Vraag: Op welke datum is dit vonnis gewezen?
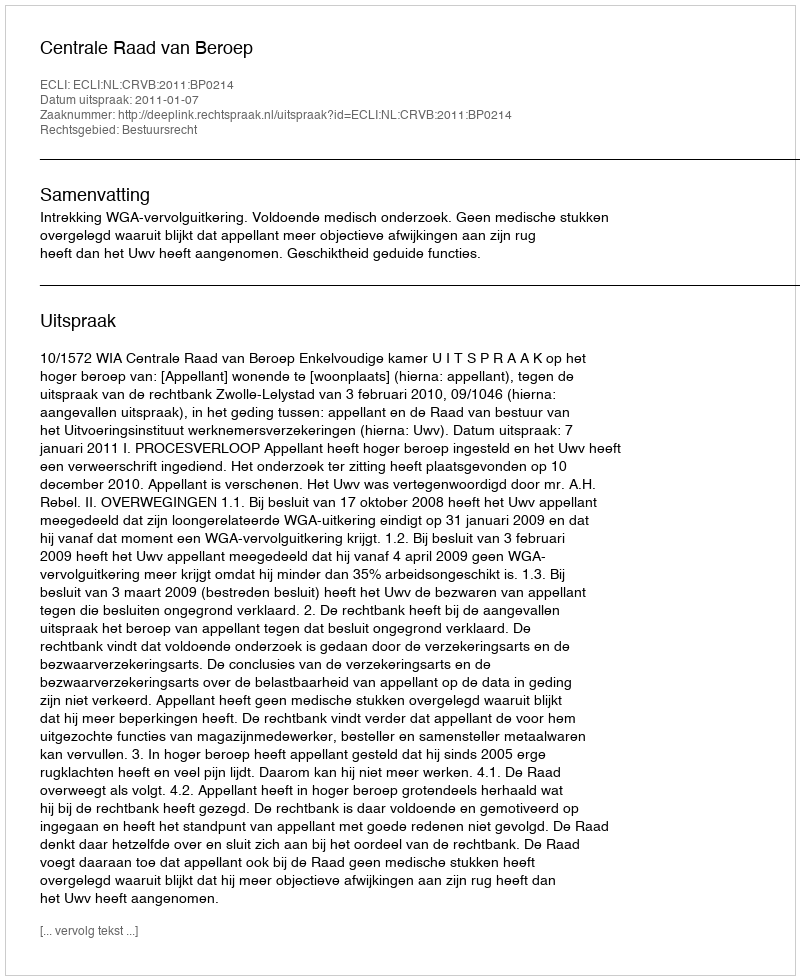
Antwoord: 2011-01-07